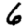
Digit: 6